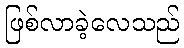
ဖြစ်လာခဲ့လေသည်